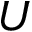
U